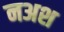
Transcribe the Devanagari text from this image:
नअश